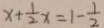
x + \frac { 1 } { 2 } x = 1 - \frac { 1 } { 2 }